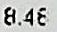
8.48